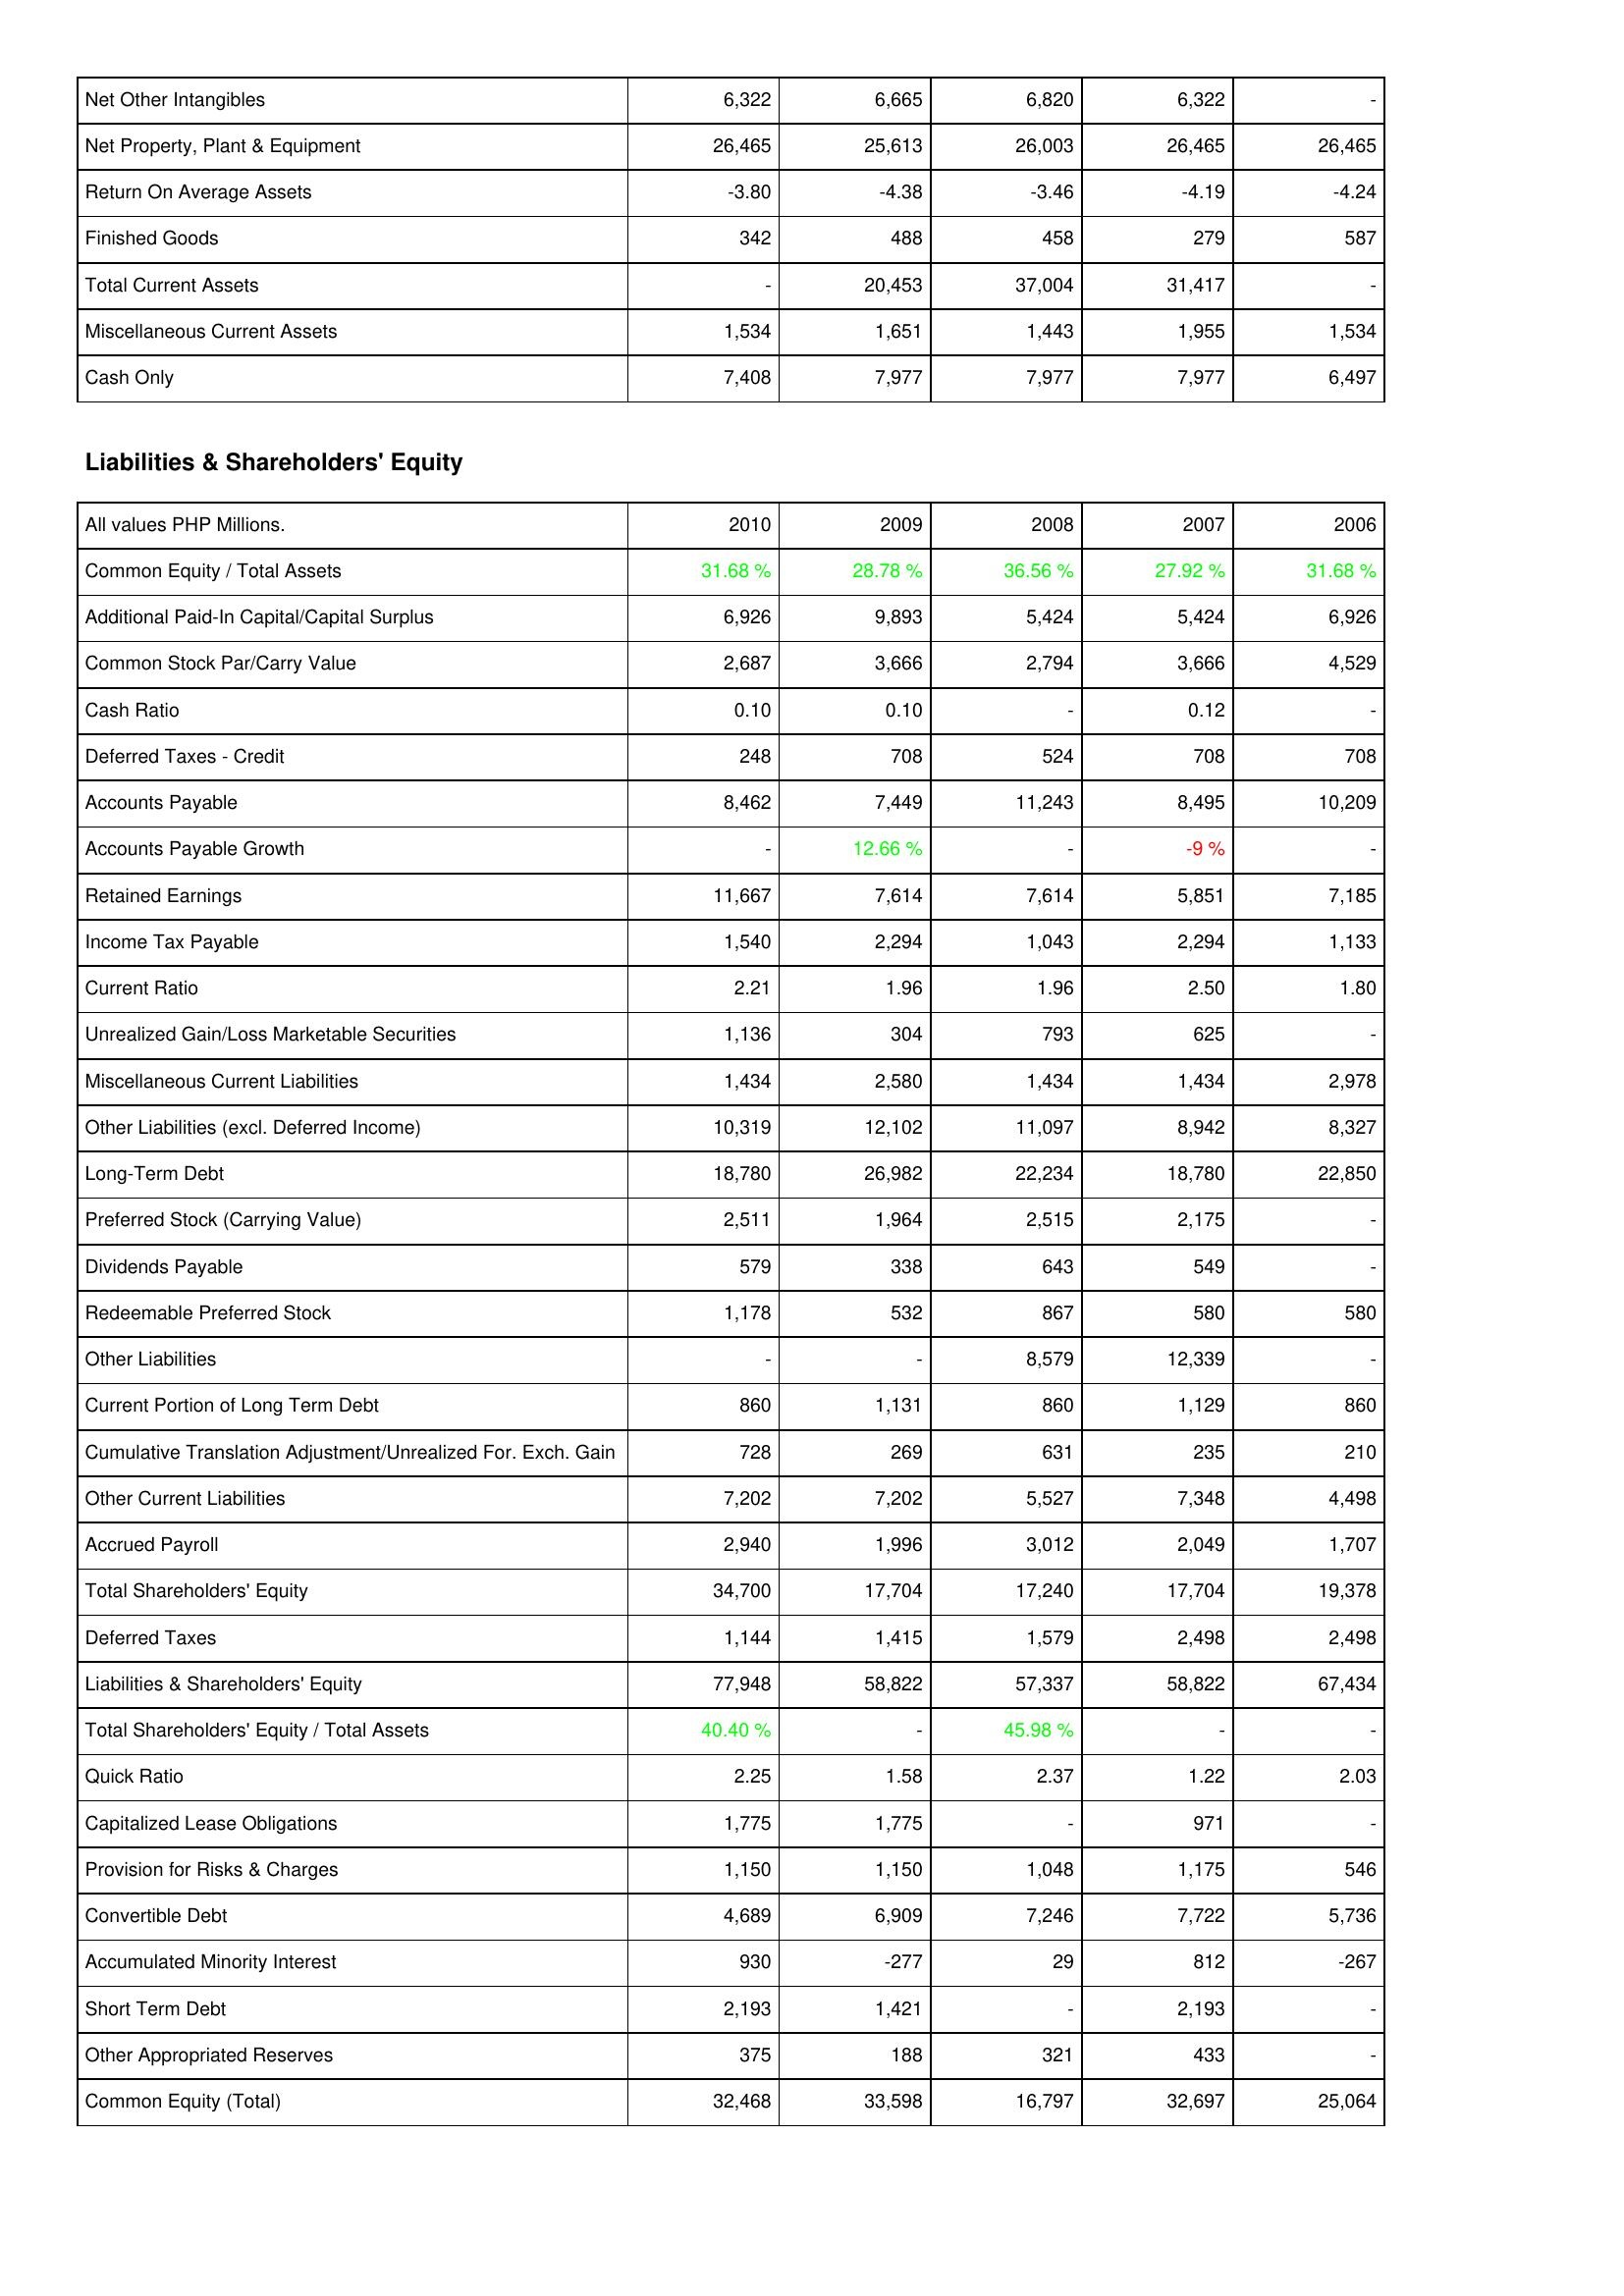
2010: Assets: Net Other Intangibles: 6,322
Net Property, Plant & Equipment: 26,465
Return On Average Assets: -3.80
Finished Goods: 342
Total Current Assets: -
Miscellaneous Current Assets: 1,534
Cash Only: 7,408
Liabilities & Shareholders' Equity: Common Equity / Total Assets: 31.68 %
Additional Paid-In Capital/Capital Surplus: 6,926
Common Stock Par/Carry Value: 2,687
Cash Ratio: 0.10
Deferred Taxes - Credit: 248
Accounts Payable: 8,462
Accounts Payable Growth: -
Retained Earnings: 11,667
Income Tax Payable: 1,540
Current Ratio: 2.21
Unrealized Gain/Loss Marketable Securities: 1,136
Miscellaneous Current Liabilities: 1,434
Other Liabilities (excl. Deferred Income): 10,319
Long-Term Debt: 18,780
Preferred Stock (Carrying Value): 2,511
Dividends Payable: 579
Redeemable Preferred Stock: 1,178
Other Liabilities: -
Current Portion of Long Term Debt: 860
Cumulative Translation Adjustment/Unrealized For. Exch. Gain: 728
Other Current Liabilities: 7,202
Accrued Payroll: 2,940
Total Shareholders' Equity: 34,700
Deferred Taxes: 1,144
Liabilities & Shareholders' Equity: 77,948
Total Shareholders' Equity / Total Assets: 40.40 %
Quick Ratio: 2.25
Capitalized Lease Obligations: 1,775
Provision for Risks & Charges: 1,150
Convertible Debt: 4,689
Accumulated Minority Interest: 930
Short Term Debt: 2,193
Other Appropriated Reserves: 375
Common Equity (Total): 32,468
2009: Assets: Net Other Intangibles: 6,665
Net Property, Plant & Equipment: 25,613
Return On Average Assets: -4.38
Finished Goods: 488
Total Current Assets: 20,453
Miscellaneous Current Assets: 1,651
Cash Only: 7,977
Liabilities & Shareholders' Equity: Common Equity / Total Assets: 28.78 %
Additional Paid-In Capital/Capital Surplus: 9,893
Common Stock Par/Carry Value: 3,666
Cash Ratio: 0.10
Deferred Taxes - Credit: 708
Accounts Payable: 7,449
Accounts Payable Growth: 12.66 %
Retained Earnings: 7,614
Income Tax Payable: 2,294
Current Ratio: 1.96
Unrealized Gain/Loss Marketable Securities: 304
Miscellaneous Current Liabilities: 2,580
Other Liabilities (excl. Deferred Income): 12,102
Long-Term Debt: 26,982
Preferred Stock (Carrying Value): 1,964
Dividends Payable: 338
Redeemable Preferred Stock: 532
Other Liabilities: -
Current Portion of Long Term Debt: 1,131
Cumulative Translation Adjustment/Unrealized For. Exch. Gain: 269
Other Current Liabilities: 7,202
Accrued Payroll: 1,996
Total Shareholders' Equity: 17,704
Deferred Taxes: 1,415
Liabilities & Shareholders' Equity: 58,822
Total Shareholders' Equity / Total Assets: -
Quick Ratio: 1.58
Capitalized Lease Obligations: 1,775
Provision for Risks & Charges: 1,150
Convertible Debt: 6,909
Accumulated Minority Interest: -277
Short Term Debt: 1,421
Other Appropriated Reserves: 188
Common Equity (Total): 33,598
2008: Assets: Net Other Intangibles: 6,820
Net Property, Plant & Equipment: 26,003
Return On Average Assets: -3.46
Finished Goods: 458
Total Current Assets: 37,004
Miscellaneous Current Assets: 1,443
Cash Only: 7,977
Liabilities & Shareholders' Equity: Common Equity / Total Assets: 36.56 %
Additional Paid-In Capital/Capital Surplus: 5,424
Common Stock Par/Carry Value: 2,794
Cash Ratio: -
Deferred Taxes - Credit: 524
Accounts Payable: 11,243
Accounts Payable Growth: -
Retained Earnings: 7,614
Income Tax Payable: 1,043
Current Ratio: 1.96
Unrealized Gain/Loss Marketable Securities: 793
Miscellaneous Current Liabilities: 1,434
Other Liabilities (excl. Deferred Income): 11,097
Long-Term Debt: 22,234
Preferred Stock (Carrying Value): 2,515
Dividends Payable: 643
Redeemable Preferred Stock: 867
Other Liabilities: 8,579
Current Portion of Long Term Debt: 860
Cumulative Translation Adjustment/Unrealized For. Exch. Gain: 631
Other Current Liabilities: 5,527
Accrued Payroll: 3,012
Total Shareholders' Equity: 17,240
Deferred Taxes: 1,579
Liabilities & Shareholders' Equity: 57,337
Total Shareholders' Equity / Total Assets: 45.98 %
Quick Ratio: 2.37
Capitalized Lease Obligations: -
Provision for Risks & Charges: 1,048
Convertible Debt: 7,246
Accumulated Minority Interest: 29
Short Term Debt: -
Other Appropriated Reserves: 321
Common Equity (Total): 16,797
2007: Assets: Net Other Intangibles: 6,322
Net Property, Plant & Equipment: 26,465
Return On Average Assets: -4.19
Finished Goods: 279
Total Current Assets: 31,417
Miscellaneous Current Assets: 1,955
Cash Only: 7,977
Liabilities & Shareholders' Equity: Common Equity / Total Assets: 27.92 %
Additional Paid-In Capital/Capital Surplus: 5,424
Common Stock Par/Carry Value: 3,666
Cash Ratio: 0.12
Deferred Taxes - Credit: 708
Accounts Payable: 8,495
Accounts Payable Growth: -9 %
Retained Earnings: 5,851
Income Tax Payable: 2,294
Current Ratio: 2.50
Unrealized Gain/Loss Marketable Securities: 625
Miscellaneous Current Liabilities: 1,434
Other Liabilities (excl. Deferred Income): 8,942
Long-Term Debt: 18,780
Preferred Stock (Carrying Value): 2,175
Dividends Payable: 549
Redeemable Preferred Stock: 580
Other Liabilities: 12,339
Current Portion of Long Term Debt: 1,129
Cumulative Translation Adjustment/Unrealized For. Exch. Gain: 235
Other Current Liabilities: 7,348
Accrued Payroll: 2,049
Total Shareholders' Equity: 17,704
Deferred Taxes: 2,498
Liabilities & Shareholders' Equity: 58,822
Total Shareholders' Equity / Total Assets: -
Quick Ratio: 1.22
Capitalized Lease Obligations: 971
Provision for Risks & Charges: 1,175
Convertible Debt: 7,722
Accumulated Minority Interest: 812
Short Term Debt: 2,193
Other Appropriated Reserves: 433
Common Equity (Total): 32,697
2006: Assets: Net Other Intangibles: -
Net Property, Plant & Equipment: 26,465
Return On Average Assets: -4.24
Finished Goods: 587
Total Current Assets: -
Miscellaneous Current Assets: 1,534
Cash Only: 6,497
Liabilities & Shareholders' Equity: Common Equity / Total Assets: 31.68 %
Additional Paid-In Capital/Capital Surplus: 6,926
Common Stock Par/Carry Value: 4,529
Cash Ratio: -
Deferred Taxes - Credit: 708
Accounts Payable: 10,209
Accounts Payable Growth: -
Retained Earnings: 7,185
Income Tax Payable: 1,133
Current Ratio: 1.80
Unrealized Gain/Loss Marketable Securities: -
Miscellaneous Current Liabilities: 2,978
Other Liabilities (excl. Deferred Income): 8,327
Long-Term Debt: 22,850
Preferred Stock (Carrying Value): -
Dividends Payable: -
Redeemable Preferred Stock: 580
Other Liabilities: -
Current Portion of Long Term Debt: 860
Cumulative Translation Adjustment/Unrealized For. Exch. Gain: 210
Other Current Liabilities: 4,498
Accrued Payroll: 1,707
Total Shareholders' Equity: 19,378
Deferred Taxes: 2,498
Liabilities & Shareholders' Equity: 67,434
Total Shareholders' Equity / Total Assets: -
Quick Ratio: 2.03
Capitalized Lease Obligations: -
Provision for Risks & Charges: 546
Convertible Debt: 5,736
Accumulated Minority Interest: -267
Short Term Debt: -
Other Appropriated Reserves: -
Common Equity (Total): 25,064